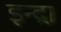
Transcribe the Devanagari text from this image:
इन्द्रा